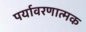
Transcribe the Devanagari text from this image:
पर्यावरणात्मक